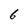
Character: 6